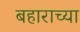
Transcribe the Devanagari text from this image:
बहाराच्या